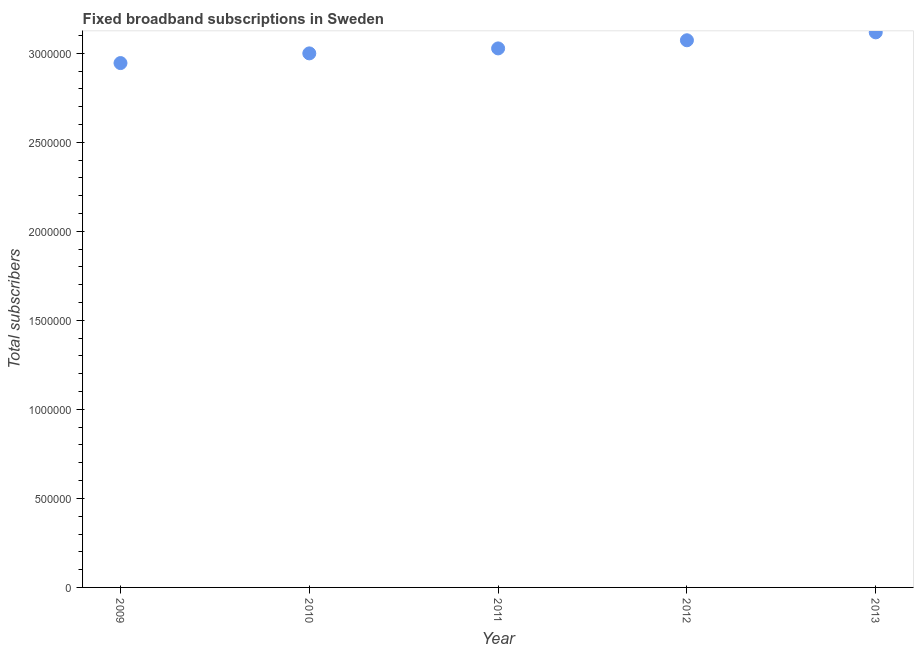
| Year | Fixed broadband subscriptions |
 | --- | --- |
 | 2009 | 2.95e+06 |
 | 2010 | 3e+06 |
 | 2011 | 3.03e+06 |
 | 2012 | 3.07e+06 |
 | 2013 | 3.12e+06 |